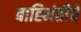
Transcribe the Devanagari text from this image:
बाह्भिंतीचे